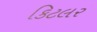
કિટલર